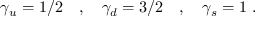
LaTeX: \gamma _ { u } = 1 / 2 \quad , \quad \gamma _ { d } = 3 / 2 \quad , \quad \gamma _ { s } = 1 ~ .